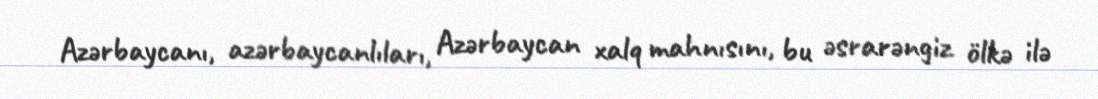
Azərbaycanı, azərbaycanlıları, Azərbaycan xalq mahnısını, bu əsrarəngiz ölkə ilə